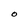
Character: O